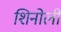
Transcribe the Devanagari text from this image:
शिनोली